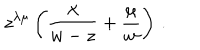
LaTeX: z ^ { \lambda \mu } \left( { \frac { \lambda } { w - z } } + { \frac { \mu } { w } } \right) \, .